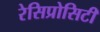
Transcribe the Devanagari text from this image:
रेसिप्रोसिटी